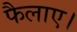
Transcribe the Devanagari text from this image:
फैलाए।